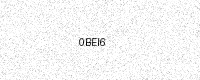
Text: 0BEI6